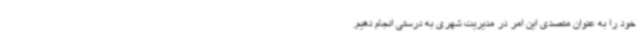
خود را به عنوان متصدی این امر در مدیریت شهری به درستی انجام دهیم.